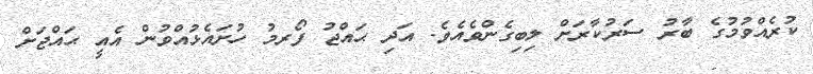
ކުރެއްވުމުގެ ބާރު ސަރުކާރަށް ލިބިގެންވެއެވެ. އަދި ޙައްޖު ފޯރމު ހުށައެޅުއްވުން އެއީ ޙައްޖަށް